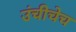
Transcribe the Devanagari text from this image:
उंचीचेच